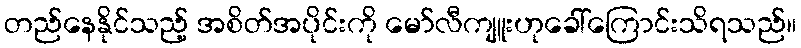
တည်နေနိုင်သည့် အစိတ်အပိုင်းကို မော်လီကျူးဟုခေါ်ကြောင်းသိရသည်။